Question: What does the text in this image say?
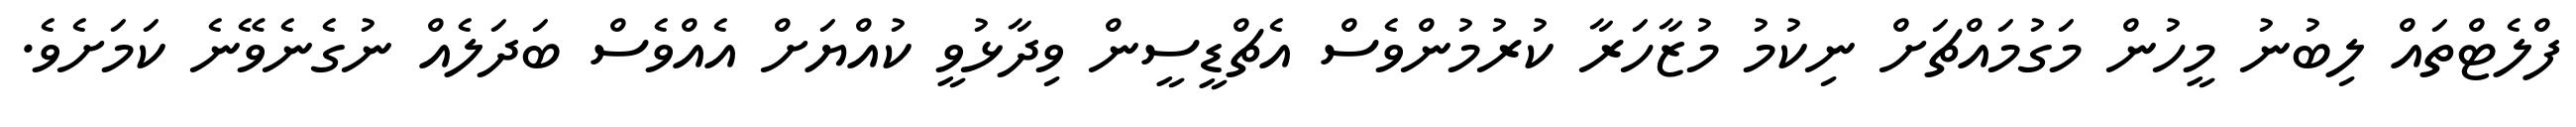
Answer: ފްލެޓްތައް ލިބުނު މީހުން މަގުމައްޗަށް ނިކުމު މުޒާހަރާ ކުރުމުންވެސް އެޗްޑީސީން ވިދާޅުވީ ކުއްޔަށް އެއްވެސް ބަދަލެއް ނުގެނެވޭނެ ކަމަށެވެ.